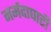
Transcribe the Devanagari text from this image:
नर्मदाघाटी